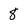
Character: 8